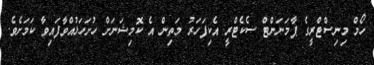
ހޯމް މިނިސްޓްރީގެ ޕާމަނަންޓް ސެކެޓްރީ އެކިފަހަރު މަތިން އެ ކޮމިޝަނަށް ހުށަހަޅުއްވާފައިވާ ކަމަށެވެ.